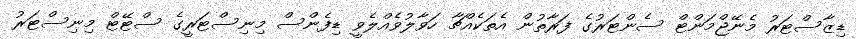
ޑިޒާސްޓަރު މެނޭޖްމަންޓް ސެންޓަރުގެ ފަރާތުން އެތަކެއްޗާ ހަވާލުވެއްލެވީ ޑިފެންސް މިނިސްޓަރީގެ ސްޓޭޓް މިނިސްޓަރު